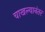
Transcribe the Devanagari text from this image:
चाखल्यानंतर